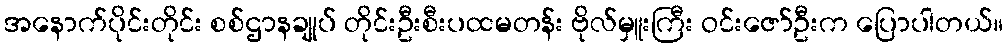
အနောက်ပိုင်းတိုင်း စစ်ဌာနချုပ် တိုင်းဦးစီးပထမတန်း ဗိုလ်မှူးကြီး ဝင်းဇော်ဦးက ပြောပါတယ်။